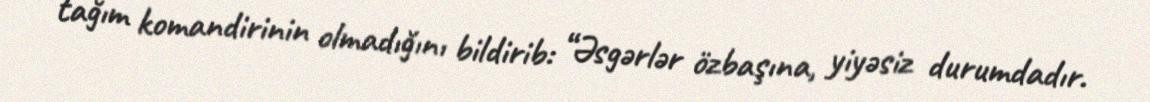
tağım komandirinin olmadığını bildirib: “Əsgərlər özbaşına, yiyəsiz durumdadır.